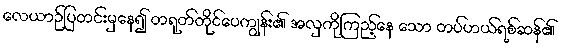
လေယာဉ်ပြတင်းမှနေ၍ တရုတ်တိုင်ပေကျွန်း၏ အလှကိုကြည့်နေ သော တပ်ဟယ်ရစ်ဆန်၏